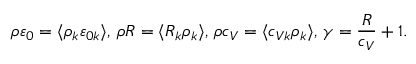
\left. \rho \varepsilon _ { 0 } = \langle \rho _ { k } \varepsilon _ { 0 k } \rangle , \, \rho R = \langle R _ { k } \rho _ { k } \rangle , \, \rho c _ { V } = \langle c _ { V k } \rho _ { k } \rangle , \, \gamma = \frac { R } { c _ { V } } + 1 . \right.